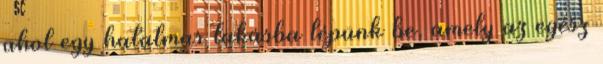
ahol egy hatalmas lakásba lépünk be, amely az egész